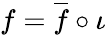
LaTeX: f={\overline{{f}}}\circ\iota